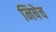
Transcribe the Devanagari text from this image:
निषेच